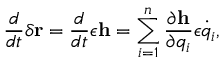
{ \frac { d } { d t } } \delta \mathbf { r } = { \frac { d } { d t } } \epsilon \mathbf { h } = \sum _ { i = 1 } ^ { n } { \frac { \partial \mathbf { h } } { \partial q _ { i } } } \epsilon { \dot { q } } _ { i } ,